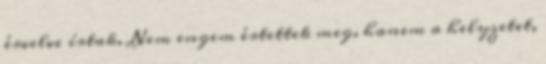
érvelve írtak. Nem engem értettek meg, hanem a helyzetet,